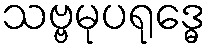
သဗ္ဗမုပရုဒ္ဓေ